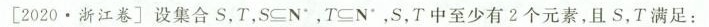
[2020.浙江卷]设集合S，T，S\subseteq N^{*}，T\subseteq N^{*}，S，T中至少有2个元素，且S，T满足：